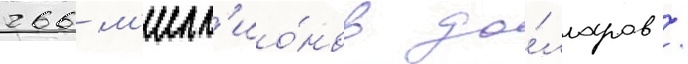
266 м'илл'ио́нов до́лларов /